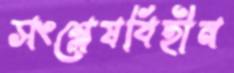
সংশ্লেষবিহীন